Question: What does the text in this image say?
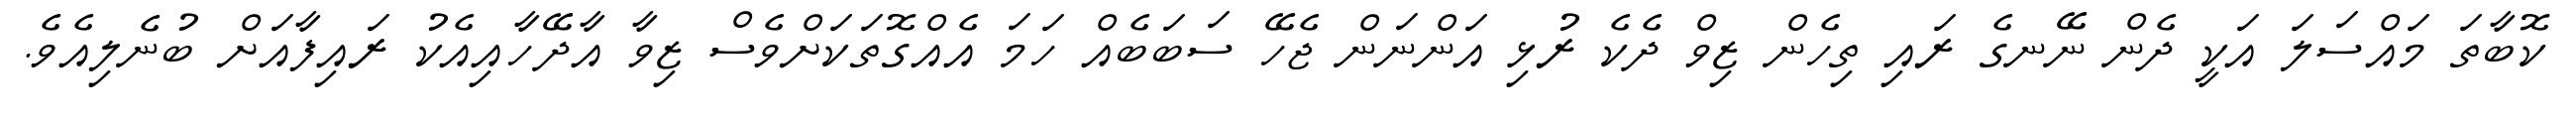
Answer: ކޮބާތަ މައްސަލަ އަކީ ދެން ނޭނގެ ރައި ތިހެން ޒިވް ދެކެ ރުޅި އަންނަން ޖެހޭ ސަބަބެއް ހަމަ އެއްގޮތަކަށްވެސް ޒިވާ އާދޭހާއިއެކު ރައިފާއަށް ބުނެލިއެވެ.